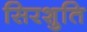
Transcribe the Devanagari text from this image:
सिरशुति